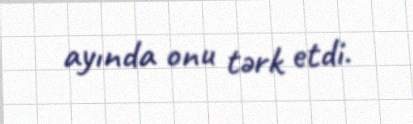
ayında onu tərk etdi.